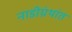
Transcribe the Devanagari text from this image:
नाडीग्रंथांत